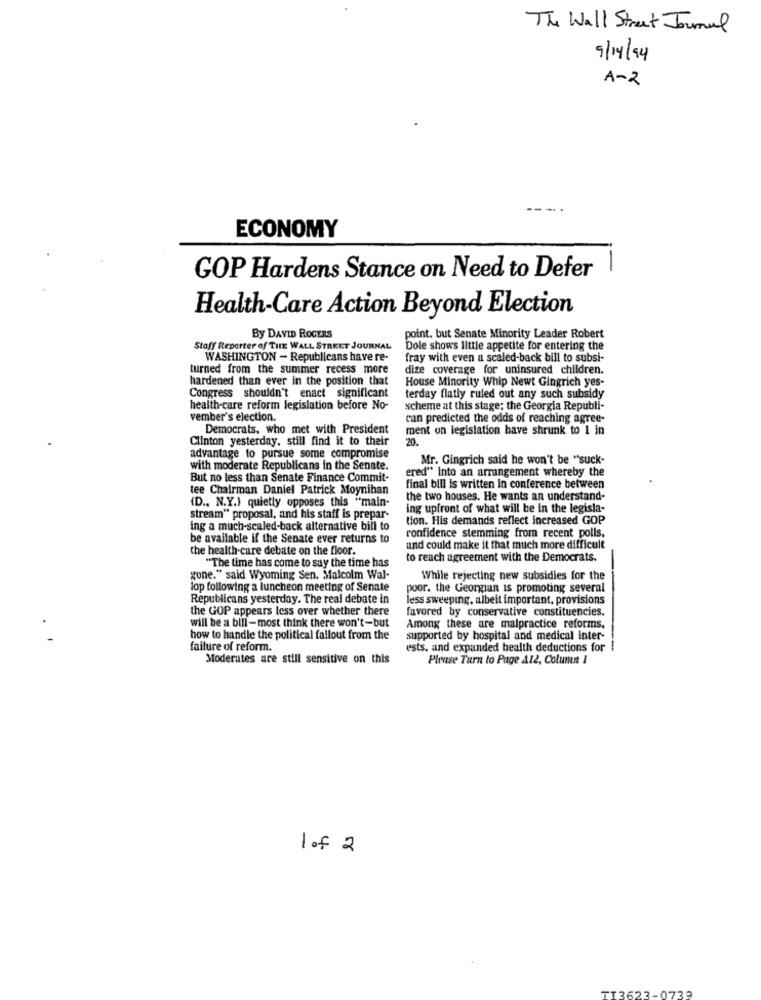
The Wall Street Journal
9/14/94
A-2
ECONOMY
-
GOP Hardens Stance on Need to Defer
Health-Care Action Beyond Election
By DAVID ROGERS
point. but Senate Minority Leader Robert
Stoff Reporter of THE WALL STREET JOURNAL
Dole shows little appetite for entering the
WASHINGTON - Republicans have re-
fray with even a scaled-back bill to subsi-
turned from the summer recess more
dize coverage for uninsured children.
hardened than ever in the position that
House Minority Whip Newt Gingrich yes-
Congress shouldn't enact significant
terday flatly ruled out any such subsidy
health-care reform legislation before No-
scheme at this stage; the Georgia Republi-
vember's election.
can predicted the odds of reaching agree-
Democrats, who met with President
ment on legislation have shrunk to 1 in
Clinton yesterday. still find it to their
20.
advantage to pursue some compromise
Mr. Gingrich said he won't be "suck-
with moderate Republicans in the Senate.
ered" Into an arrangement whereby the
But no less than Senate Finance Commit-
tee Chairman Daniel Patrick Moynihan
final bill is written in conference between
the two houses. He wants an understand-
(D ., N.Y.) quietly opposes this "main-
ing upfront of what will be in the legisla-
stream" proposal, and his staff is prepar-
tion. His demands reflect increased GOP
ing a much-scaled-back alternative bill to
be available if the Senate ever returns to
confidence stemming from recent polls.
the health-care debate on the floor.
und could make it that much more difficult
"The time has come to say the time has
to reach agreement with the Democrats.
gone." said Wyoming Sen. Malcolm Wal-
While rejecting new subsidies for the
lop following a luncheon meeting of Senate
poor. the Georgian is promoting several
Republicans yesterday. The real debate in
less sweeping, albeit important, provisions
the GOP appears less over whether there
favored by conservative constituencies.
will be a bill-most think there won't-but
Among these are malpractice reforms,
how to handle the political fallout from the
supported by hospital and medical inter-
failure of reform.
ests, and expanded health deductions for
Moderates are still sensitive on this
Please Turn to Page A12, Column I
1 of 2
TI3623-0739